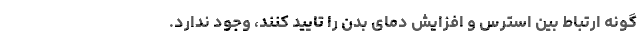
گونه ارتباط بین استرس و افزایش دمای بدن را تایید کنند، وجود ندارد.